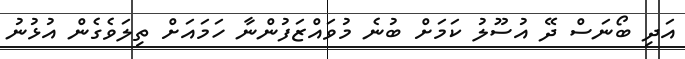
އަދި ބޯނަސް ދޭ އުސޫލު ކަމަށް ބުނެ މުވައްޒަފުންނާ ހަމައަށް ތިލަވެގެން އުޅުނު